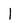
Character: l